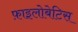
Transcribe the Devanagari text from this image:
फ़ाइलोबेटिस